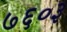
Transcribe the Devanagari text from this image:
७६०३